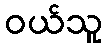
ဝယ်သူ